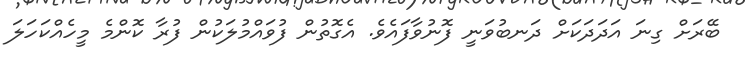
ބޭރަށް ގިނަ އަދަދަކަށް ދަނބުވަނީ ފޮނުވާފައެވެ. އެގޮތުން ފުވައްމުލަކުން ފުރާ ކޮންމެ މީހެއްކަހަލަ